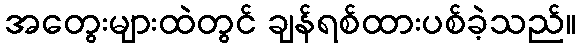
အတွေးများထဲတွင် ချန်ရစ်ထားပစ်ခဲ့သည်။